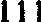
111